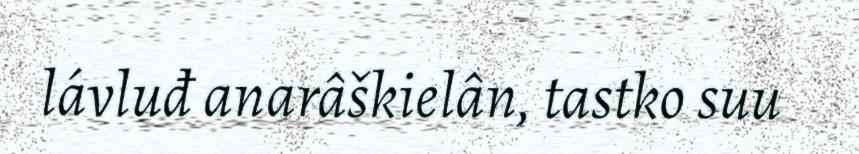
lávluđ anarâškielân, tastko suu